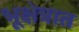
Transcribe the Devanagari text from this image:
भूक्षेत्रात